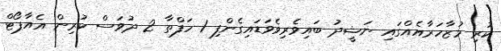
ކުރި މުޒާހަރާއެއްގައި ނަޝީދު ބައިވެރިވެވަޑައިގެންފި 1 ހަފްތާ 2 ދުވަސް ކުރިން އެއާޕޯޓް